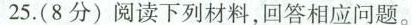
25.(8分)阅读下列材料，回答相应问题。